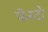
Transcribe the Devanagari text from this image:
फॅस्टो